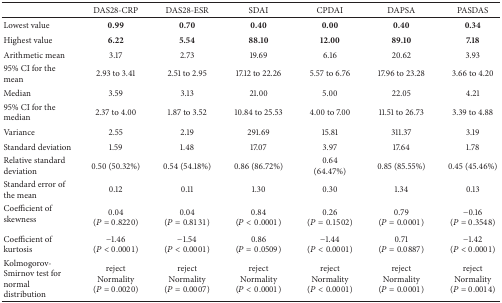
|  | DAS28-CRP | DAS28-ESR | SDAI | CPDAI | DAPSA | PASDAS |
 | --- | --- | --- | --- | --- | --- | --- |
 | Lowest value | 0.99 | 0.70 | 0.40 | 0.00 | 0.40 | 0.34 |
 | Highest value | 6.22 | 5.54 | 88.10 | 12.00 | 89.10 | 7.18 |
 | Arithmetic mean | 3.17 | 2.73 | 19.69 | 6.16 | 20.62 | 3.93 |
 | 95% CI for the mean | 2.93 to 3.41 | 2.51 to 2.95 | 17.12 to 22.26 | 5.57 to 6.76 | 17.96 to 23.28 | 3.66 to 4.20 |
 | Median | 3.59 | 3.13 | 21.00 | 5.00 | 22.05 | 4.21 |
 | 95% CI for the median | 2.37 to 4.00 | 1.87 to 3.52 | 10.84 to 25.53 | 4.00 to 7.00 | 11.51 to 26.73 | 3.39 to 4.88 |
 | Variance | 2.55 | 2.19 | 291.69 | 15.81 | 311.37 | 3.19 |
 | Standard deviation | 1.59 | 1.48 | 17.07 | 3.97 | 17.64 | 1.78 |
 | Relative standard deviation | 0.50 (50.32%) | 0.54 (54.18%) | 0.86 (86.72%) | 0.64 (64.47%) | 0.85 (85.55%) | 0.45 (45.46%) |
 | Standard error of the mean | 0.12 | 0.11 | 1.30 | 0.30 | 1.34 | 0.13 |
 | Coefficient of skewness | 0.04 (P = 0.8220) | 0.04 (P = 0.8131) | 0.84 (P < 0.0001) | 0.26 (P = 0.1502) | 0.79 (P = 0.0001) | −0.16 (P = 0.3548) |
 | Coefficient of kurtosis | −1.46 (P < 0.0001) | −1.54 (P < 0.0001) | 0.86 (P = 0.0509) | −1.44 (P < 0.0001) | 0.71 (P = 0.0887) | −1.42 (P < 0.0001) |
 | Kolmogorov-Smirnov test for normal distribution | reject Normality (P = 0.0020) | reject Normality (P = 0.0007) | reject Normality (P < 0.0001) | reject Normality (P < 0.0001) | reject Normality (P = 0.0001) | reject Normality (P = 0.0014) |